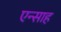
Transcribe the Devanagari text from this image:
एन्साह